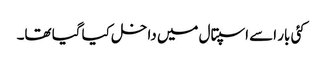
کئی بار اسے اسپتال میں داخل کیا گیا تھا۔